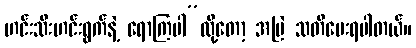
ဟင်းသီးဟင်းရွက်နဲ့ ရောကြပါ”လို့တော့ အမြဲ သတိပေးရပါတယ်။